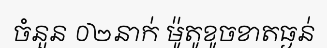
ចំនួន ០២នាក់ ម៉ូតូខូចខាតធ្ងន់